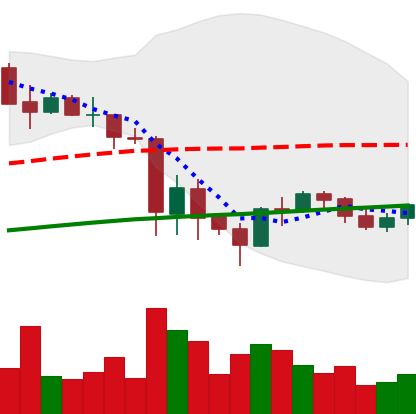
Ticker: BNB-USD
Chart end date: 2021-05-31
Forward return: 10.189%
Label: up_7plus